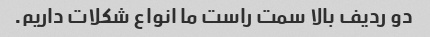
دو ردیف بالا سمت راست ما انواع شکلات داریم.